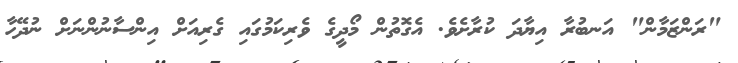
"ރަންޒަމާން" އަނބުރާ އިޔާދަ ކުރާށެވެ. އެގޮތުން މޯދީގެ ވެރިކަމުގައި ގެރިއަށް އިންސާނުންނަށް ނުދޭހާ